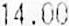
14.00